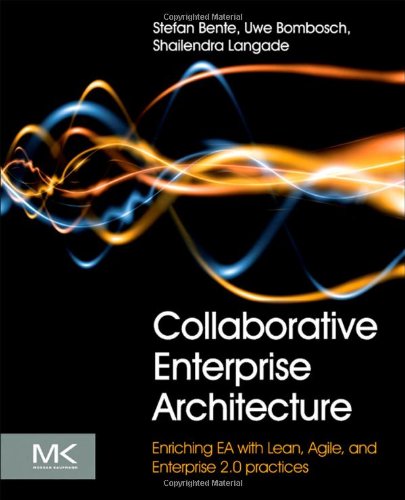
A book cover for Collaborative Enterprise Architecture: Enriching EA with Lean, Agile, and Enterprise 2.0 practices; Stefan Bente; Computers & Technology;